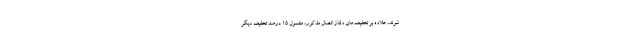
‌شوند، علاوه بر تخفیف‌های ولتاژ اتصال مذکور، مشمول ۱۵ درصد تخفیف دیگر